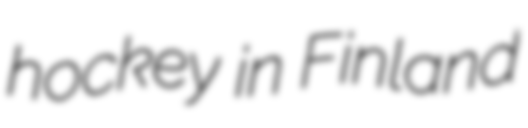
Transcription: hockey in Finland